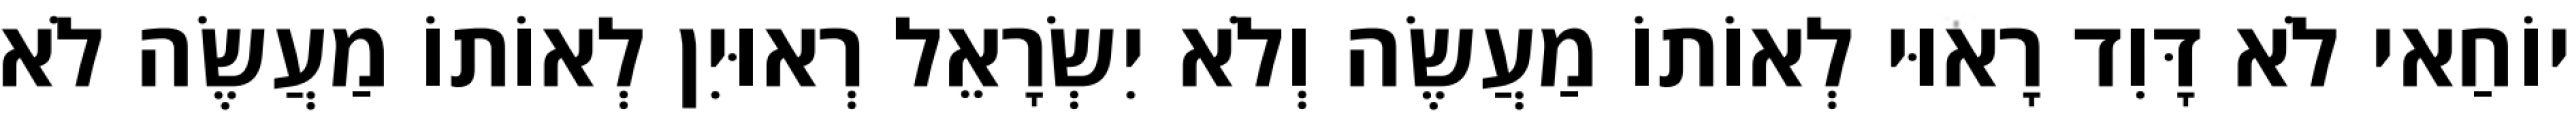
יוֹחַאי לֹא דָּוִד רָאוּי לְאוֹתוֹ מַעֲשֶׂה וְלֹא יִשְׂרָאֵל רְאוּיִן לְאוֹתוֹ מַעֲשֶׂה לֹא